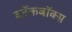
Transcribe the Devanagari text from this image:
ब्‍लॅकबॉक्स